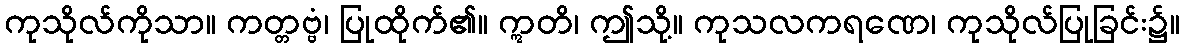
ကုသိုလ်ကိုသာ။ ကတ္တဗ္ဗံ၊ ပြုထိုက်၏။ ဣတိ၊ ဤသို့။ ကုသလကရဏေ၊ ကုသိုလ်ပြုခြင်း၌။